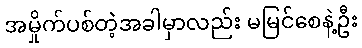
အမှိုက်ပစ်တဲ့အခါမှာလည်း မမြင်စေနဲ့ဦး